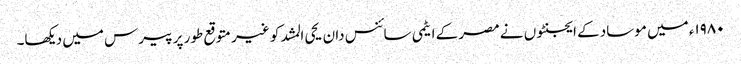
۱۹۸۰ء میں موساد کے ایجنٹوں نے مصر کے ایٹمی سائنس دان یحی المشد کو غیر متوقع طور پر پیرس میں دیکھا۔